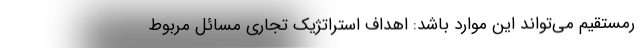
رمستقیم می‌تواند این موارد باشد: اهداف استراتژیک تجاری مسائل مربوط